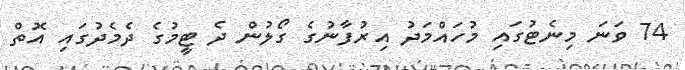
74 ވަނަ މިނެޓުގައި މުހައްމަދު އިރުފާނުގެ ގޯލުން ދެ ޓީމުގެ ދެމެދުގައި އޮތް